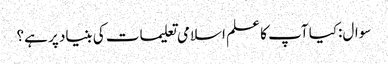
سوال:کیا آپ کا علم اسلامی تعلیمات کی بنیاد پر ہے؟